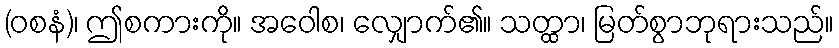
(ဝစနံ)၊ ဤစကားကို။ အဝေါစ၊ လျှောက်၏။ သတ္ထာ၊ မြတ်စွာဘုရားသည်။